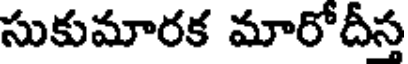
సుకుమారక మారోదీస్త